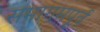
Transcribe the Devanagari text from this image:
समागमपूर्व